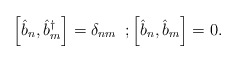
\begin{align*}\left[\hat{b}_n,\hat{b}^{\dag}_m\right]=\delta_{nm} \, \, \, ;\left[\hat{b}_n,\hat{b}_m\right]=0.\end{align*}